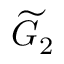
{ \widetilde { G } } _ { 2 }